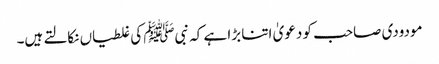
مودودی صاحب کو دعویٰ اتنا بڑا ہے کہ نبیﷺ کی غلطیاں نکالتے ہیں۔